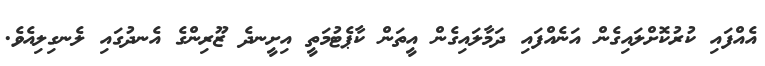
އެއްފައި ކުރުކޮށްލައިގެން އަނެއްފައި ދަމާލައިގެން އީތަން ކާޕެޓުމަތީ އިށީނދެ ޒޫރިންގެ އެނދުގައި ލެނގިލިއެވެ.